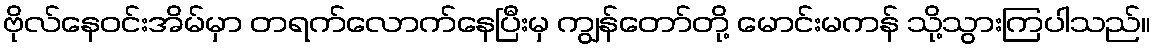
ဗိုလ်နေဝင်းအိမ်မှာ တရက်လောက်နေပြီးမှ ကျွန်တော်တို့ မောင်းမကန် သို့သွားကြပါသည်။